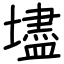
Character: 壗